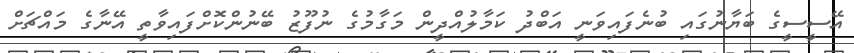
އޭސީސީގެ ބަޔާނުގައި ބުނެފައިވަނީ އަބްދު ކަމާލުއްދީން މަގާމުގެ ނުފޫޒު ބޭނުންކޮށްފައިވާތީ އޭނާގެ މައްޗަށް